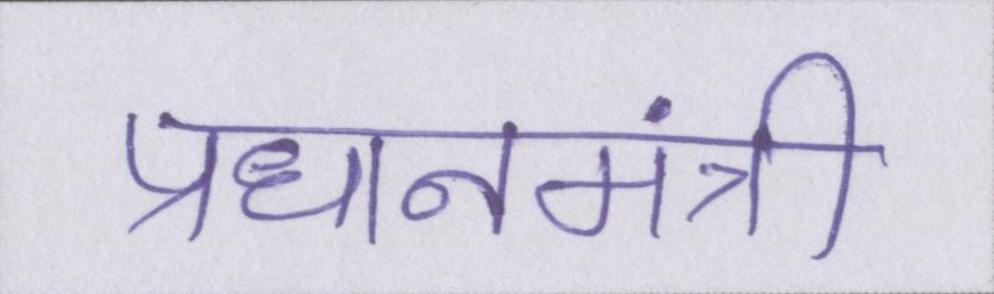
प्रधानमंत्री